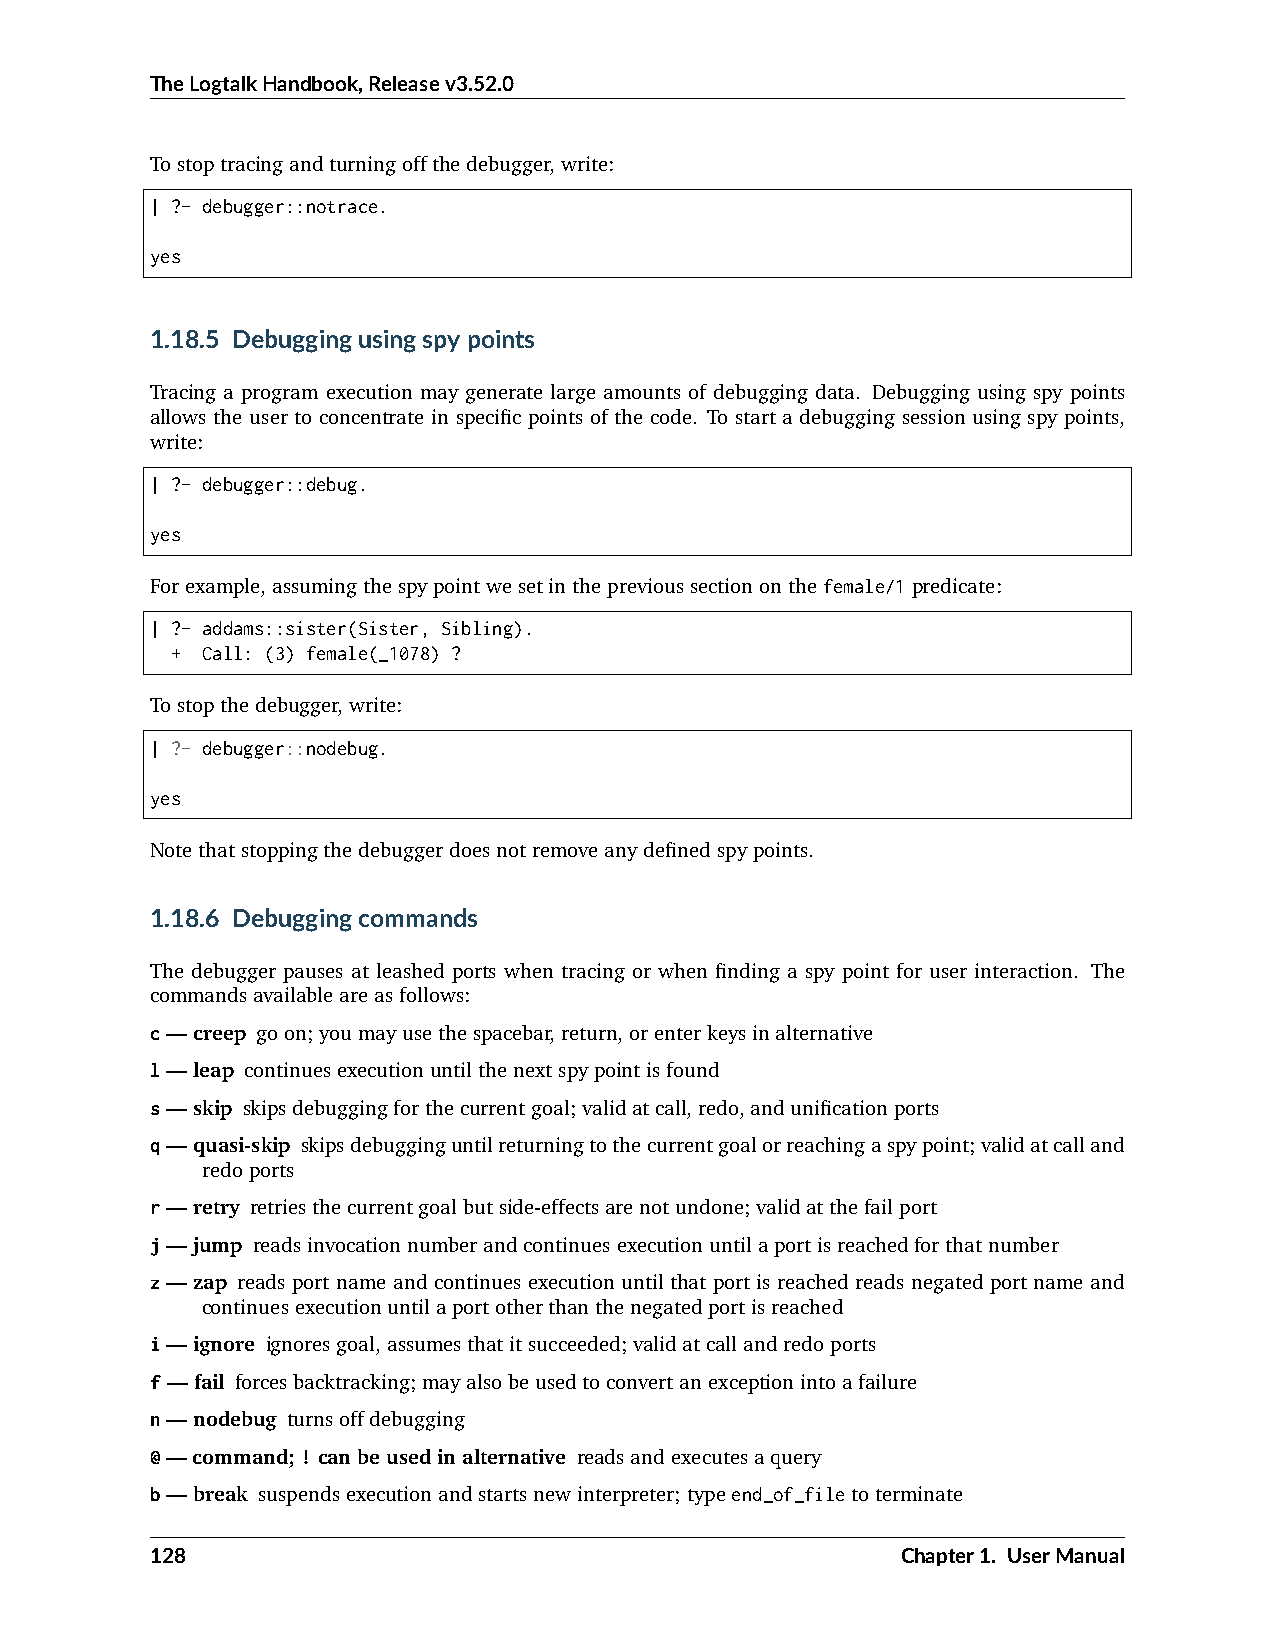
TheLogtalkHandbook,Releasev3.52.0
 Tostoptracingandturningoffthedebugger,write:
 | ?- debugger::notrace.
 yes
 1.18.5 Debuggingusingspypoints
 Tracing a program execution may generate large amounts of debugging data. Debugging using spy points
 allows the user to concentrate in specific points of the code. To start a debugging session using spy points,
 write:
 | ?- debugger::debug.
 yes
 Forexample,assumingthespypointwesetintheprevioussectiononthefemale/1predicate:
 | ?- addams::sister(Sister, Sibling).
 + Call: (3) female(_1078) ?
 Tostopthedebugger,write:
 | ?- debugger::nodebug.
 yes
 Notethatstoppingthedebuggerdoesnotremoveanydefinedspypoints.
 1.18.6 Debuggingcommands
 The debugger pauses at leashed ports when tracing or when finding a spy point for user interaction. The
 commandsavailableareasfollows:
 c—creep goon;youmayusethespacebar,return,orenterkeysinalternative
 l—leap continuesexecutionuntilthenextspypointisfound
 s—skip skipsdebuggingforthecurrentgoal;validatcall,redo,andunificationports
 q—quasi-skip skipsdebugginguntilreturningtothecurrentgoalorreachingaspypoint;validatcalland
 redoports
 r—retry retriesthecurrentgoalbutside-effectsarenotundone;validatthefailport
 j—jump readsinvocationnumberandcontinuesexecutionuntilaportisreachedforthatnumber
 z—zap reads port name and continues execution until that port is reached reads negated port name and
 continuesexecutionuntilaportotherthanthenegatedportisreached
 i—ignore ignoresgoal,assumesthatitsucceeded;validatcallandredoports
 f —fail forcesbacktracking;mayalsobeusedtoconvertanexceptionintoafailure
 n—nodebug turnsoffdebugging
 @—command;!canbeusedinalternative readsandexecutesaquery
 b—break suspendsexecutionandstartsnewinterpreter;typeend_of_filetoterminate
 128                                               Chapter1. UserManual